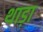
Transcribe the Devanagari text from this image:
थाड़ा